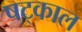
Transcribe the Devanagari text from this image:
षट्काल